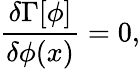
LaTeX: \frac{\delta\Gamma[\phi]}{\delta\phi(x)}=0,